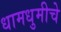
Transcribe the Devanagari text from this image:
धामधुमीचे